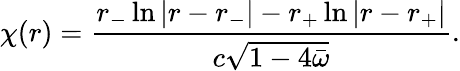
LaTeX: \chi(r)=\frac{r_{-}\ln|r-r_{-}|-r_{+}\ln|r-r_{+}|}{c\sqrt{1-4\bar{\omega}}}.